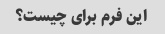
این فرم برای چیست؟